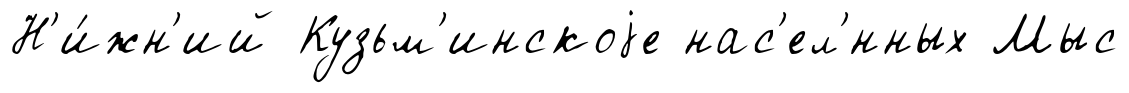
Н'и́жн'ий Кузьм'инскоjе нас'ел'́нных Мыс